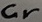
Text: Cr